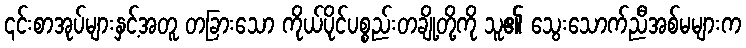
၎င်းစာအုပ်များနှင့်အတူ တခြားသော ကိုယ်ပိုင်ပစ္စည်းတချို့တို့ကို သူ၏ သွေးသောက်ညီအစ်မများက